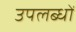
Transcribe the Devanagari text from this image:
उपलब्धों